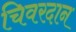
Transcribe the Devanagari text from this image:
चिवरदान